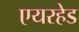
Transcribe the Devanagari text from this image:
एयरहेड